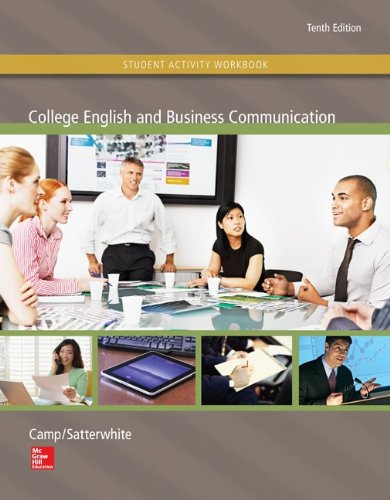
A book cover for Student Activity Workbook for use with College English and Business Communication; Sue C Camp; Business & Money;